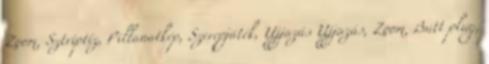
Zoom, Sztriptíz, Pillanatkép, Szerepjáték, Ujjazás Ujjazás, Zoom, Butt plug,